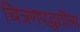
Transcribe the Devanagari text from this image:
चित्रणपद्धतीला